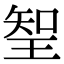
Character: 𭹖